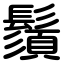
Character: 鬚